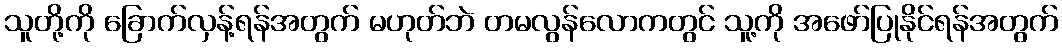
သူတို့ကို ခြောက်လှန့်ရန်အတွက် မဟုတ်ဘဲ တမလွန်လောကတွင် သူ့ကို အဖော်ပြုနိုင်ရန်အတွက်